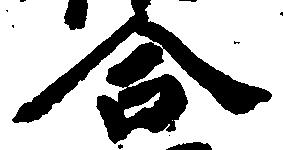
合